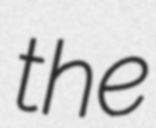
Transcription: the